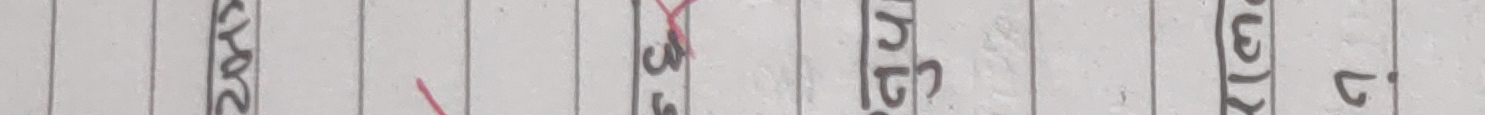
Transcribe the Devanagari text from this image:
२०७८ सालभित्र